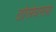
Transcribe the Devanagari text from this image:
ठोसेघरला